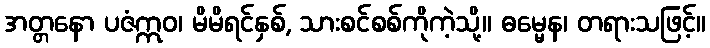
အတ္တနော ပဇံဣဝ၊ မိမိရင်နှစ်, သားစင်စစ်ကိုကဲ့သို့။ ဓမ္မေန၊ တရားသဖြင့်။